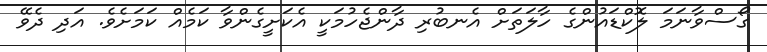
ގޯސްވާނަމަ ލޮކްޑައުންގެ ހާލަތަށް އެނބުރި ދާންޖެހުމަކީ އެކަށީގެންވާ ކަމެއް ކަމަށެވެ. އަދި ދެވޭ